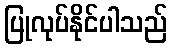
ပြုလုပ်နိုင်ပါသည်